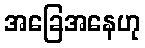
အခြေအနေဟု